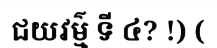
ជយវម៌្ម ទី ៤? !) (